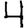
Digit: 4